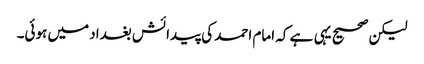
لیکن صحیح یہی ہے کہ امام احمد کی پیدائش بغداد میں ہوئی۔